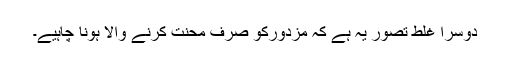
دوسرا غلط تصور یہ ہے کہ مزدورکو صرف محنت کرنے والا ہونا چاہیے۔